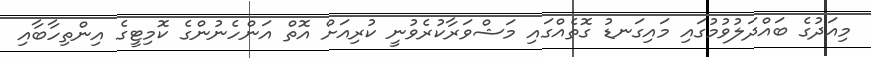
މިއަދުގެ ބައްދަލުވުމުގައި މައިގަނޑު ގޮތެއްގައި މަޝްވަރާކުރެވުނީ ކުރިއަށް އޮތް އަންހެނުންގެ ކޮމިޓީގެ އިންތިހާބާއި